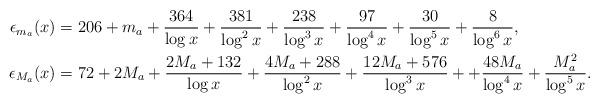
LaTeX: \begin{align*}\epsilon_{m_a}(x) &= 206 + m_a + \frac{364}{\log x} + \frac{381}{\log^2x} + \frac{238}{\log^3x} + \frac{97}{\log^4x} + \frac{30}{\log^5x} + \frac{8}{\log^6x}, \\\epsilon_{M_a}(x) &= 72 + 2M_a + \frac{2M_a + 132}{\log x} + \frac{4M_a + 288}{\log^2 x} + \frac{12M_a + 576}{\log^3 x} + + \frac{48M_a}{\log^4 x} + \frac{M_a^2}{\log^5x}.\end{align*}